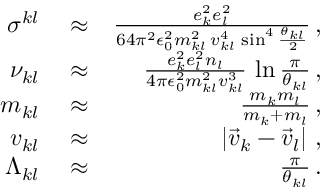
\begin{array} { r l r } { \sigma ^ { k l } } & { { } \approx } & { \frac { e _ { k } ^ { 2 } e _ { l } ^ { 2 } } { 6 4 \pi ^ { 2 } \epsilon _ { 0 } ^ { 2 } m _ { k l } ^ { 2 } \, v _ { k l } ^ { 4 } \, \sin ^ { 4 } \frac { \theta _ { k l } } { 2 } } \, , } \\ { \nu _ { k l } } & { { } \approx } & { \frac { e _ { k } ^ { 2 } e _ { l } ^ { 2 } n _ { l } } { 4 \pi \epsilon _ { 0 } ^ { 2 } m _ { k l } ^ { 2 } v _ { k l } ^ { 3 } } \, \ln \frac { \pi } { \theta _ { k l } } \, , } \\ { m _ { k l } } & { { } \approx } & { \frac { m _ { k } m _ { l } } { m _ { k } + m _ { l } } \, , } \\ { v _ { k l } } & { { } \approx } & { \left| \vec { v } _ { k } - \vec { v } _ { l } \right| \, , } \\ { \Lambda _ { k l } } & { { } \approx } & { \frac { \pi } { \theta _ { k l } } \, . } \end{array}